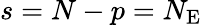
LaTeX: s=N-p=N_{\mathrm{E}}